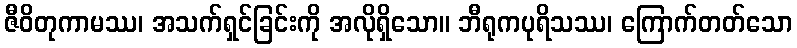
ဇီဝိတုကာမဿ၊ အသက်ရှင်ခြင်းကို အလိုရှိသော။ ဘီရုကပုရိသဿ၊ ကြောက်တတ်သော